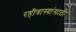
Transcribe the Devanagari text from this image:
रहीवास्यांसाठी